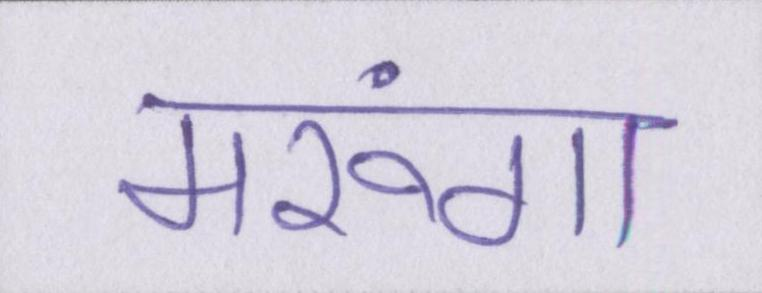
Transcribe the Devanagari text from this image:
मरूंगा